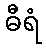
ဓီရံ